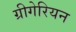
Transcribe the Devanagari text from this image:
ग्रीगेरियन